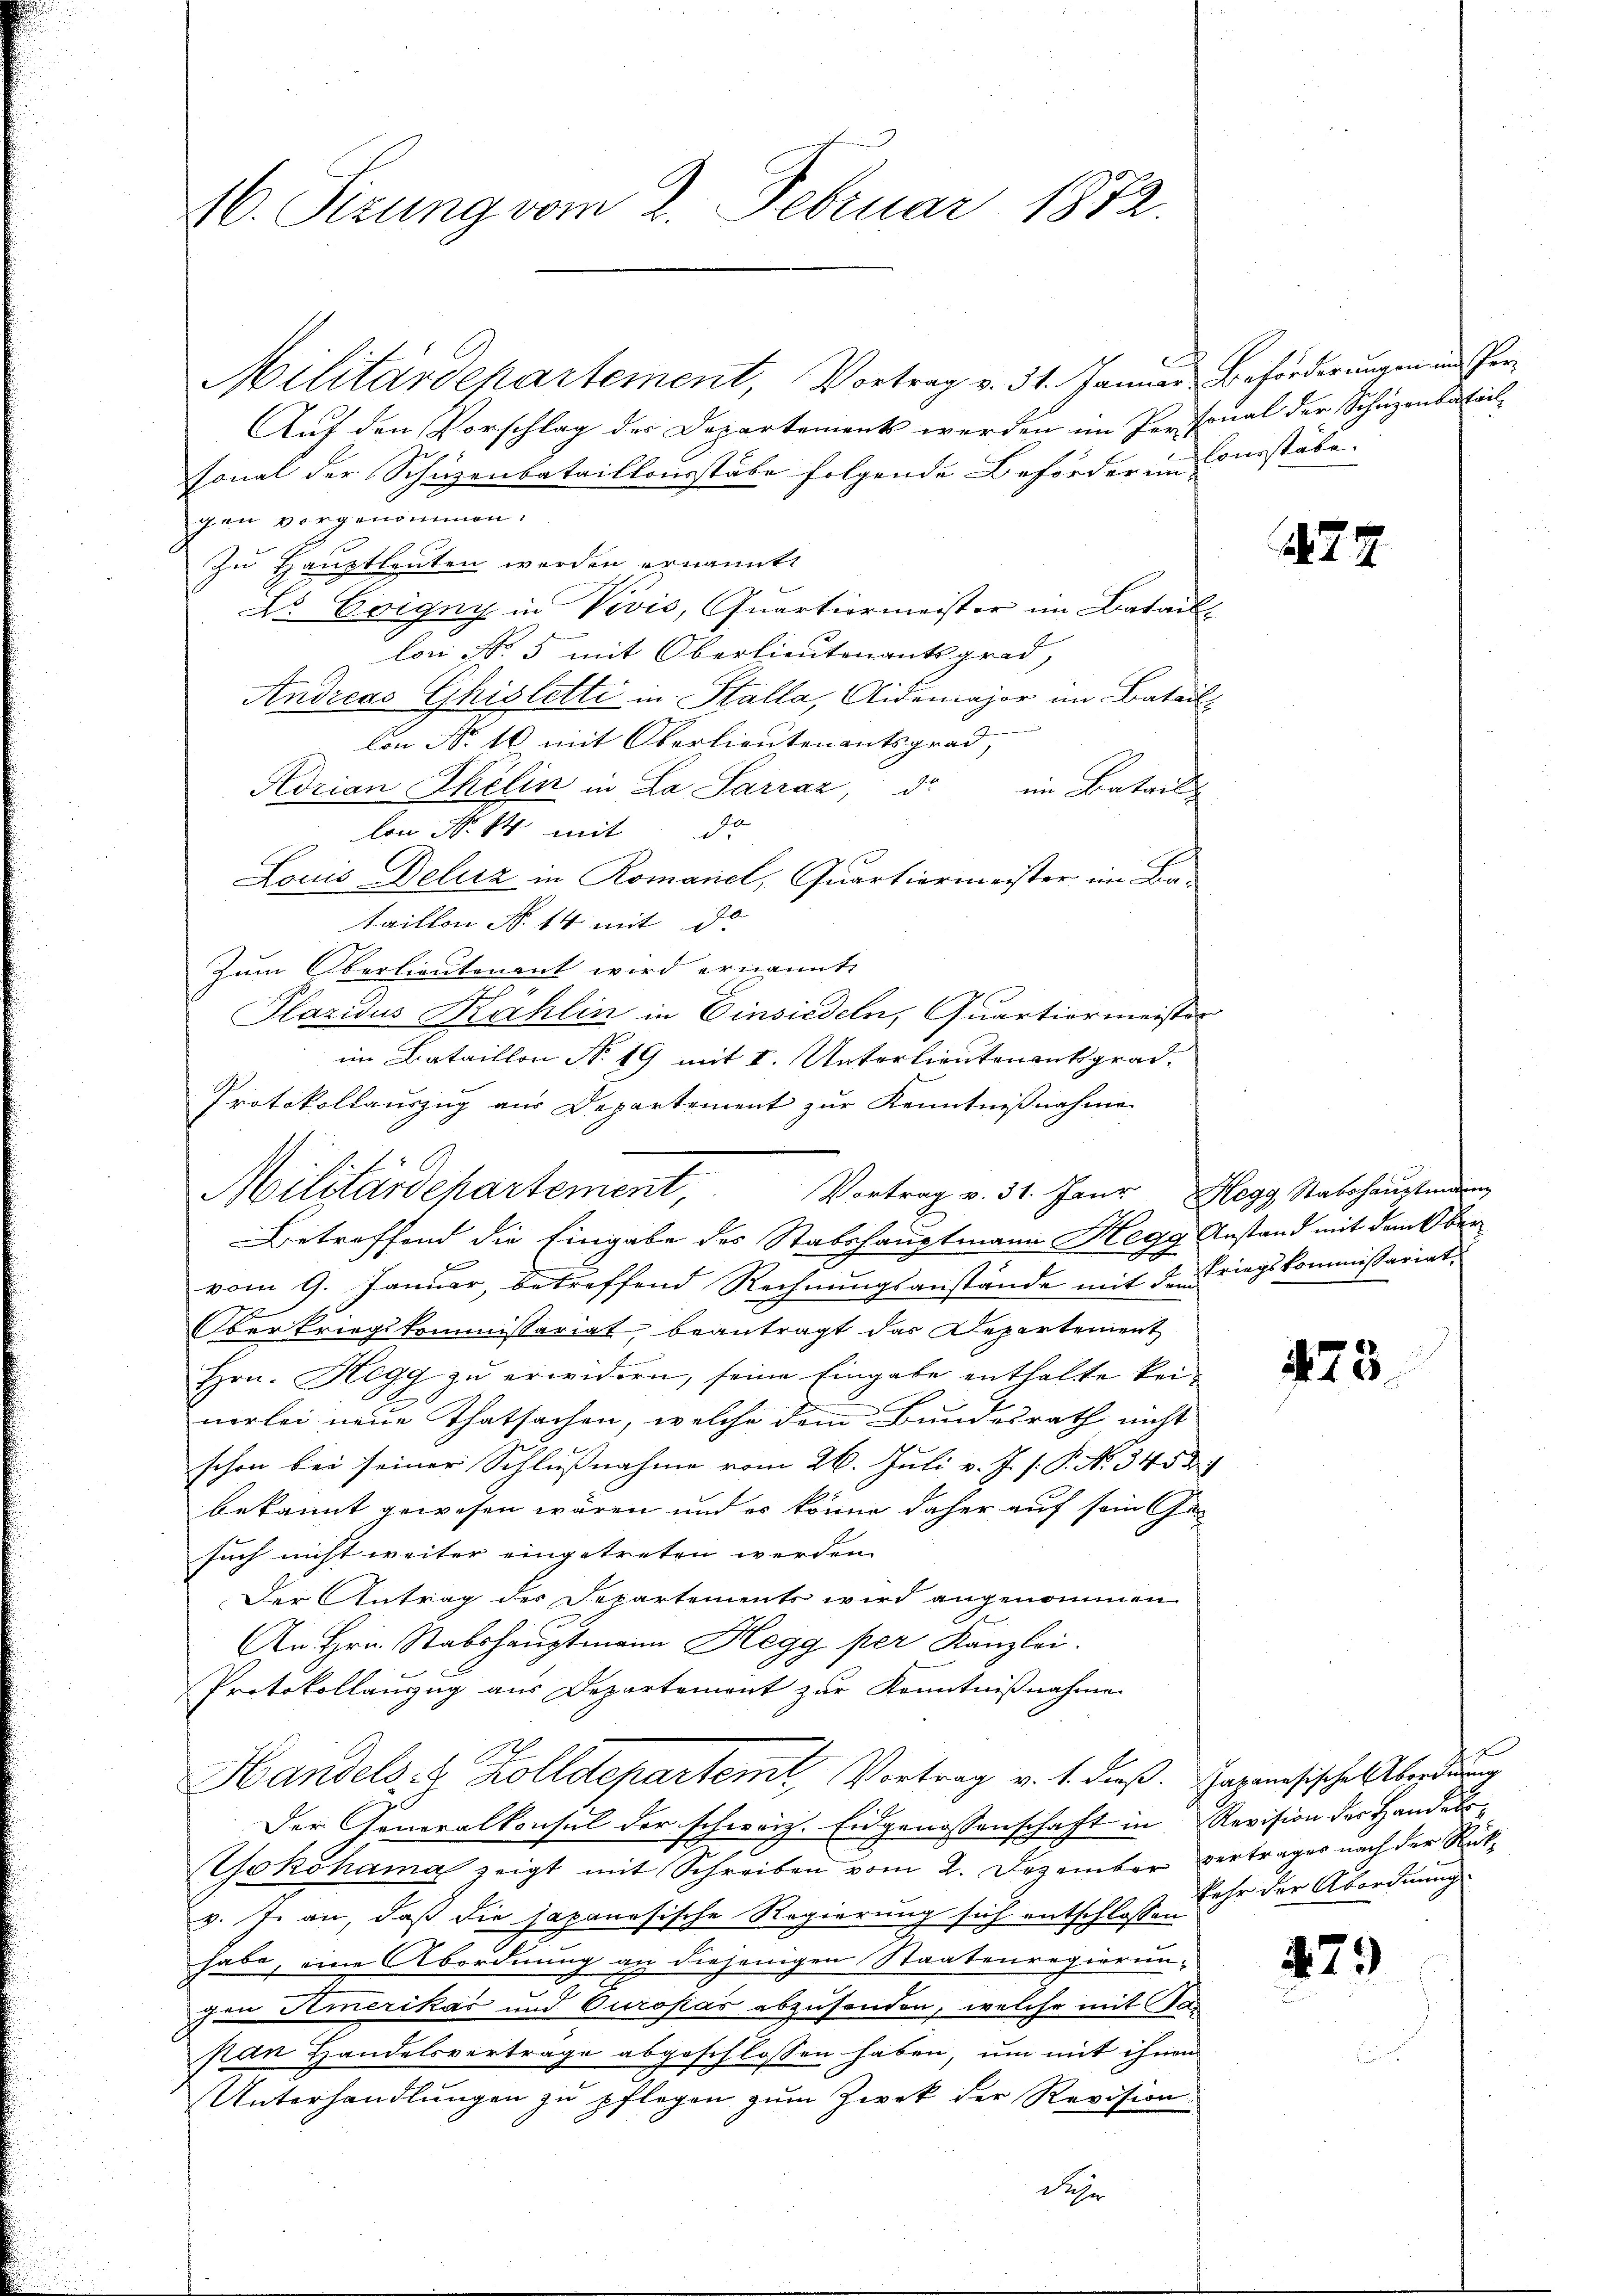
16. Sitzung vom 2. Februar 1872.

Militärdehartement, Vortrag v. 31. Januar Beförderungen und Per¬
Auf den Vorschlag des Departements werden im Personal der Schuzenbatail-
sonal der Schuzenbataillonsstäbe folgende Beförderen Courstäbe.
gan vorgenommen.
Zu Hauptleuten werden ernannt
Dr. Boigny in Vivis, Quartiermeister im Batail
lon No 5 mit Oberlieutenants grad,
Andreas Ghisletti in Stalla, Aidemajor im Batail¬
Con No 10 mit Oberlieutenantsgrad,
Adrian Ehelin in La Sarraz, d. im Batail
lon Nr. 44 mit de
Louis Delirz in Romanel, Quartiermeister im Bataillon N. 14. mit de
Zum Oberlieutenant wird ernannte
Plazidus Kahlin in Einsiedeln, Quartiermeister
im Bataillon No. 19 mit I. Unterlieutenant grad.
Protokollauszug aus Departement zur Kenntnißnahme
Betreffend die Eingabe des Stabshauptmann Megg Anstand mit dem Ober
vom 9. Januar, betreffend Rechnungsanstände mit den Kriegskommissariat
Oberkriegskommissariat beantragt das Departement
Hrn. Kegg zu erwidern, seine Eingabe enthalte keinerlei neue Thatsachen, welche dem Bundesrath nicht
schon bei seiner Schlußnahme vom 26. Juli v. J. s. P. N. 345 d
bekannt gewesen wären und es könne daher auf sein Gesuch nicht weiter eingetreten werden.
Der Antrag des Departements wird angenommen
An Hrn. Stabshauptmann Hegg per Kanzlei.
Protokollauszug aus Departement zur Kenntnißnahme
Handels- & Zolldepartemt, Vortrag v. 1. dieß Japanesische Abordnung
0
Der Generalkonsul der schweiz. Eidgenossenschaft in Revision des Handels¬
Yokohama zeigt mit Schreiben vom 2. Dezember vertrages nach der Rückv. J. an, daß die Japanesische Regierung sich entschlossen
habe, eine Abordnung an diejenigen Staatenregierunchen Amerikas und Curopas abzusenden, welche mit Sa
Nan Handelsverträge abgeschlossen haben, um mit ihnen
Unterhandlŭngen zŭ pflegen zŭm Zwek der Revision

Militärdepartement,

Vortrag v. 31. Jaŭr Hegg Stabshaŭptmann

des

2

473.

f
kehr der Abordnung

479